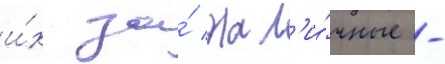
и́х за́ нал'и́чные -